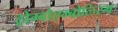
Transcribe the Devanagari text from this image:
ठ्रोम्बोएम्बोलिस्म